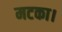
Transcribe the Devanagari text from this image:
मटका।